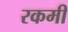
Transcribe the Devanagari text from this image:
रकमी